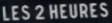
LES 2 HEURES